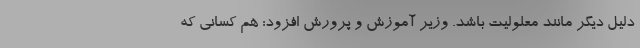
دلیل دیگر مانند معلولیت باشد. وزیر آموزش و پرورش افزود: هم کسانی که